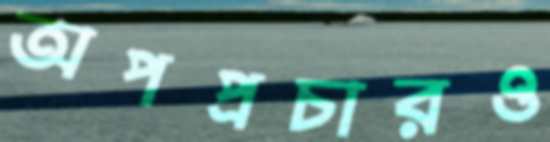
অপপ্রচারও